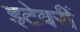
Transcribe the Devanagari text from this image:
इटेवरीं